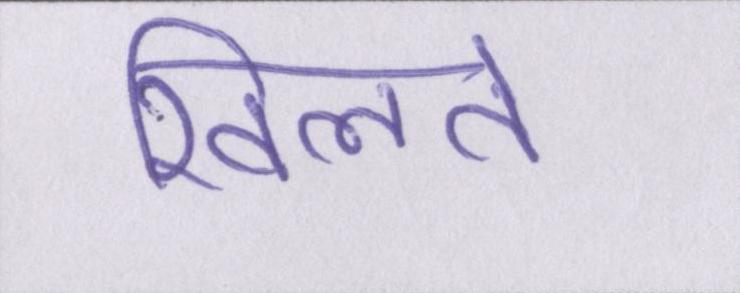
खिलते